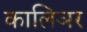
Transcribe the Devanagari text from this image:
कालिञर